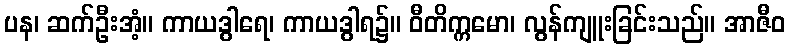
ပန၊ ဆက်ဦးအံ့။ ကာယဒွါရေ၊ ကာယဒွါရ၌။ ဝီတိက္ကမော၊ လွန်ကျူးခြင်းသည်။ အာဇီဝ